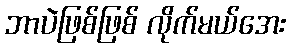
ဘာပဲဖြစ်ဖြစ် လိုက်မယ်အေး